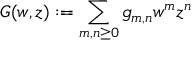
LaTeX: G ( w , z ) : = \sum _ { m , n \geq 0 } g _ { m , n } w ^ { m } z ^ { n }